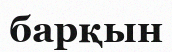
барқын